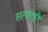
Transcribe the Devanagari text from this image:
सत्पात्रीं